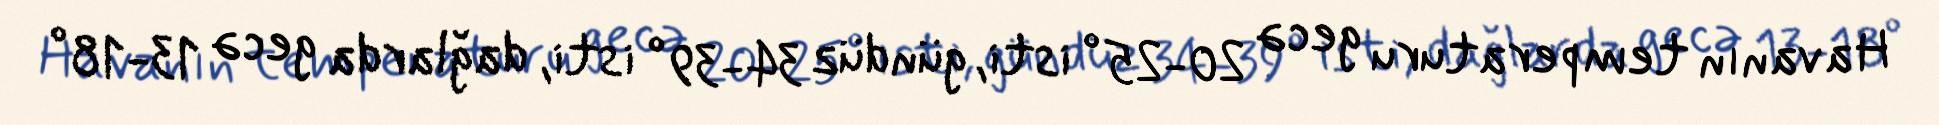
Havanın temperaturu gecə 20-25° isti, gündüz 34-39° isti, dağlarda gecə 13-18°